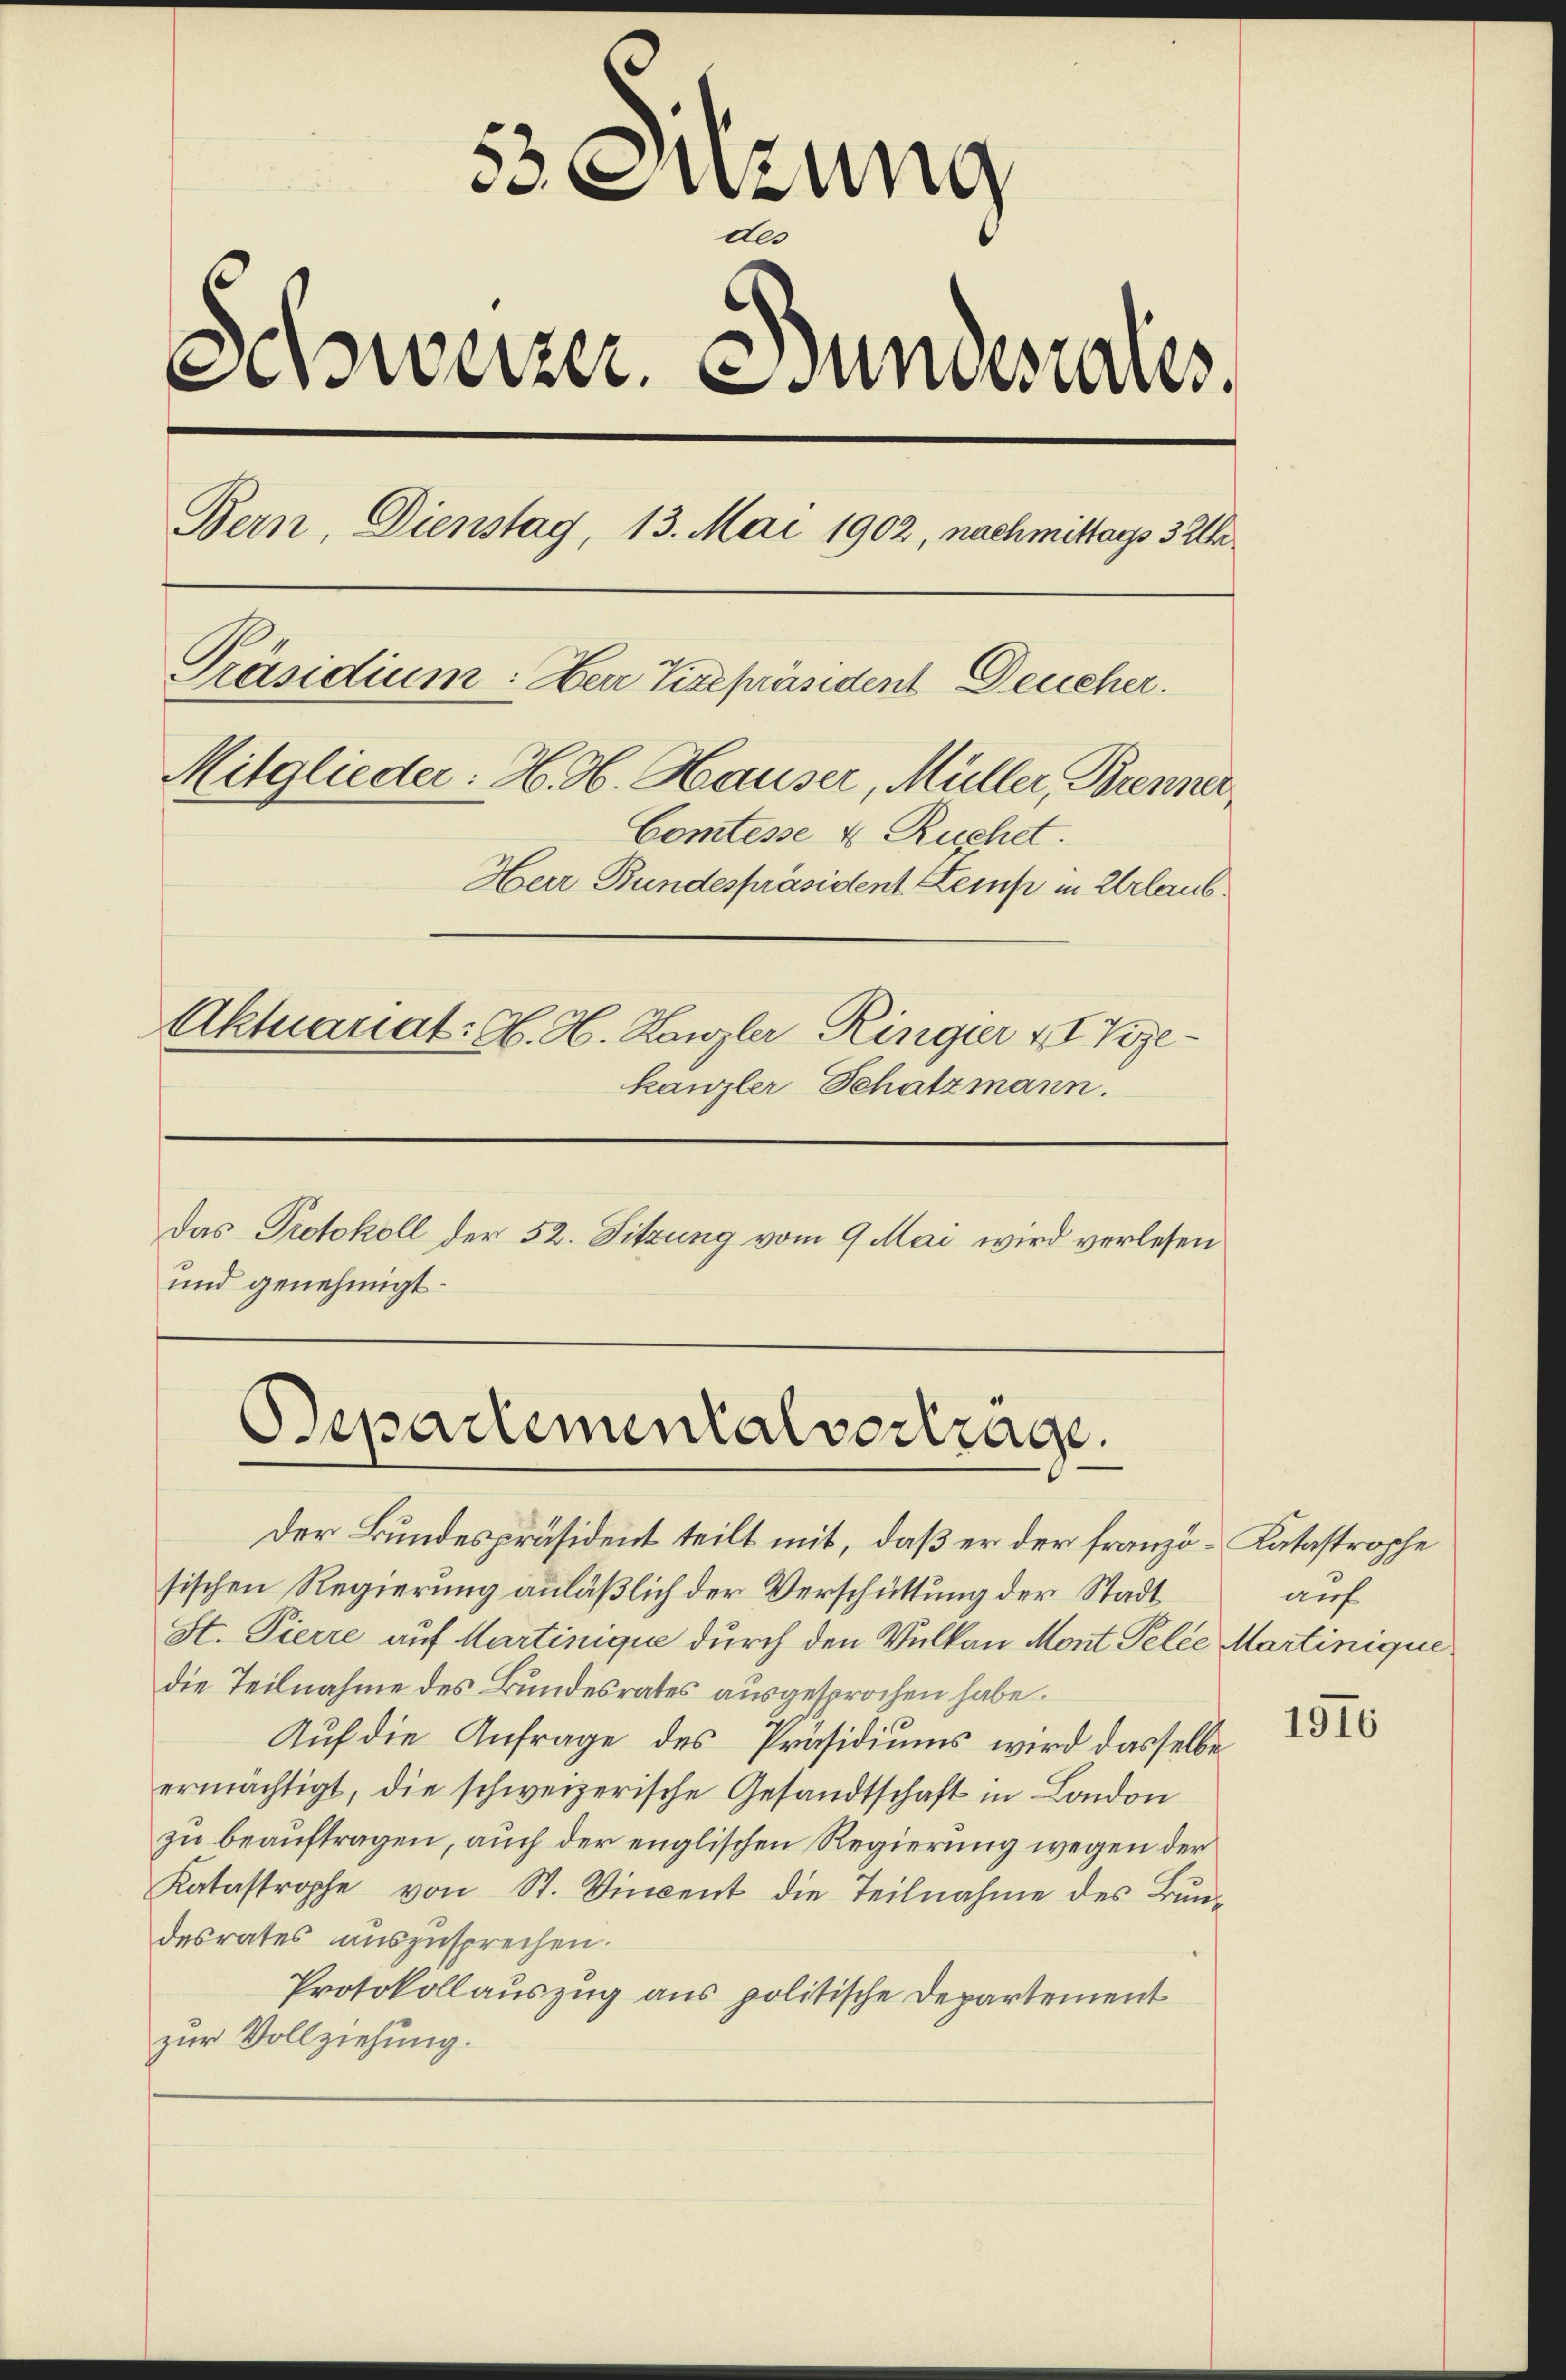
53 Suzung
dls
Schweizer.  Sundesrates,
Bern, Dienstag, 13. Mai 1902, nachmittags 3 Uhr
Präsidium: Herr Vizepräsident Deucher.
Mitglieder: H. H. Hauser, Müller, Brenner
Comtesse & Ruchet.
Herr Bundespräsident Kemp in Urlaub
Aktnanat: H. H. Kanzler, Ringier II Tigekanzler Schatzmann.
Das Protokoll der 52. Sitzung vom 9. Mai wird verlesen
und genehmigt.

Der Bundespräsident teilt mit, daß er der franzö-Katastrophe
sischen Regierung anläßlich der Verschüttung der Stadt
St. Pierre auf Martinique durch den Vulkan Mont Pelze Martinique
die Teilnahme des Bundesrates ausgesprochen habe.
Auf die Anfrage des Präsidiums wird dasselbe
ermächtigt, die schweizerische Gesandtschaft in London
zu beauftragen, auch der englischen Regierung wegen der
Katastrophe von St. Vincent die Teilnahme des Bundesrates auszusprechen.
Protokollauszug aus politische Departement
zur Vollziehung.

Departementalvertrage.

auf

1916